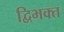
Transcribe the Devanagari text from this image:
द्विभक्त